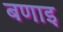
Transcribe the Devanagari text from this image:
बणाइ